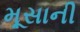
મૂસાની